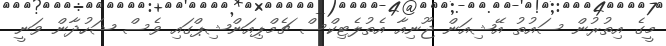
މީގެ އިތުރުން ސައުތު އޭޝިއަން ޖޫނިއާ އެތުލެޓިކްސް ޗެމްޕިއަންޝިޕްގައި ވެސް ޝަހުދާން ވަނީ